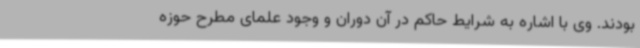
بودند. وی با اشاره به شرایط حاکم در آن دوران و وجود علمای مطرح حوزه